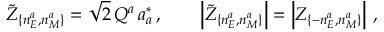
\tilde { \cal Z } _ { \{ n _ { E } ^ { a } , n _ { M } ^ { a } \} } = \sqrt { 2 } \, Q ^ { a } \, a _ { a } ^ { * } \, , \qquad \left| \tilde { \cal Z } _ { \{ n _ { E } ^ { a } , n _ { M } ^ { a } \} } \right| = \left| { \cal Z } _ { \{ - n _ { E } ^ { a } , n _ { M } ^ { a } \} } \right| \, ,